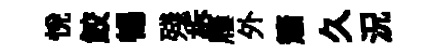
恱鮫暢殘柝屨外簫久況